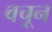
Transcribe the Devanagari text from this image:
वचून